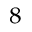
^ { 8 }